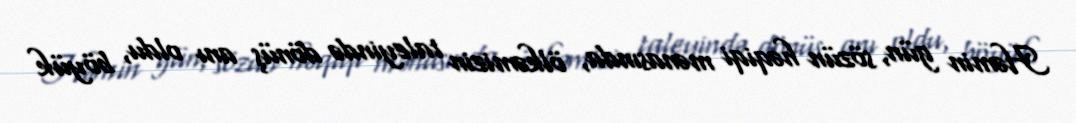
Həmin gün, sözün həqiqi mənasında, ölkəmizin taleyində dönüş anı oldu, böyük